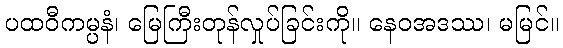
ပထဝီကမ္ပနံ၊ မြေကြီးတုန်လှုပ်ခြင်းကို။ နေဝအဒဿ၊ မမြင်။